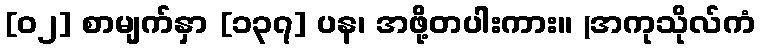
[၀၂] စာမျက်နှာ [၁၃၇] ပန၊ အဖို့တပါးကား။ (အကုသိုလ်ကံ